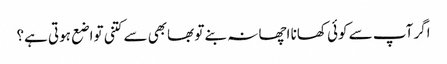
اگر آپ سے کوئی کھانا اچھا نہ بنے تو بھابھی سے کتنی تواضع ہوتی ہے؟